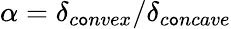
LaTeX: \alpha=\delta_{c\mathtt{o}nvex}/\delta_{c\mathtt{o}ncave}